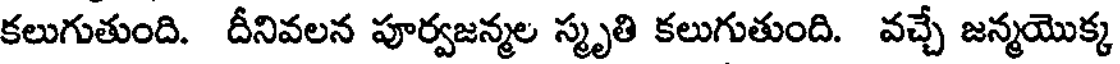
కలుగుతుంది. దీనివలన పూర్వజన్మల స్మృతి కలుగుతుంది. వచ్చే జన్మయొక్క